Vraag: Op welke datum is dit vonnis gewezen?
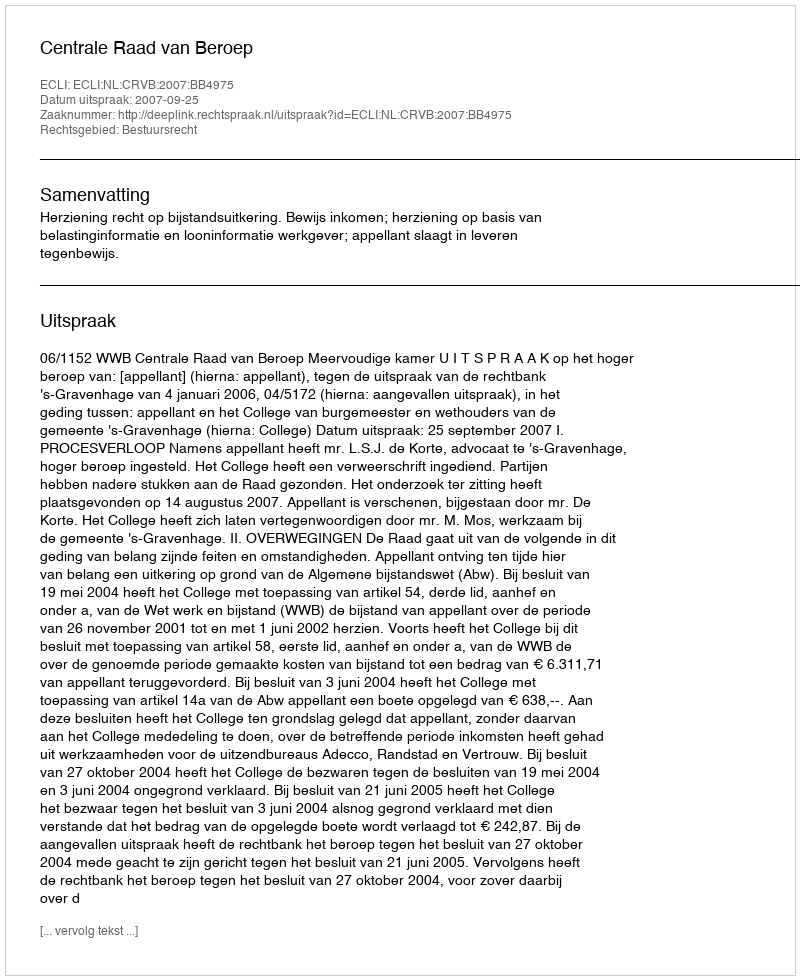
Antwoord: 2007-09-25